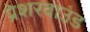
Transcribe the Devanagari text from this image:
प्रेशरवाउंड